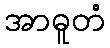
အာဓူတံ